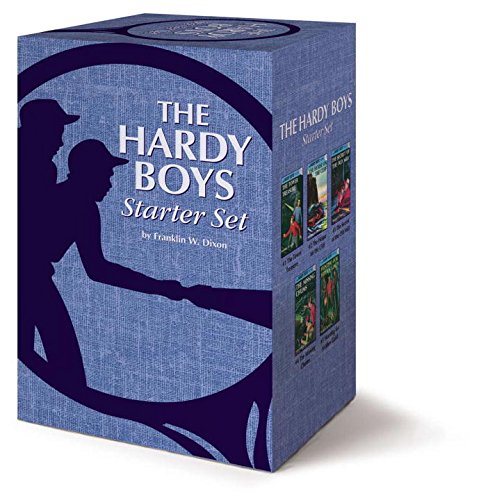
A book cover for The Hardy Boys Starter Set (5 Volume Set); Franklin W. Dixon; Children's Books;